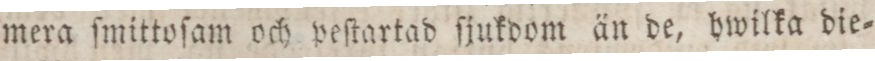
mera ſmittoſam och peſtartad ſjukdom än de, hwilka die=